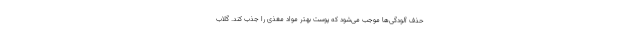
حذف آلودگی‌ها موجب می‌شود که پوست بهتر مواد مغذی را جذب کند. گلاب